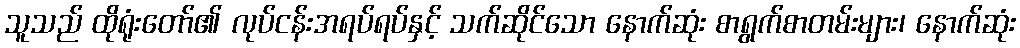
သူသည် ထိုရုံးတော်၏ လုပ်ငန်းအရပ်ရပ်နှင့် သက်ဆိုင်သော နောက်ဆုံး စာရွက်စာတမ်းများ၊ နောက်ဆုံး